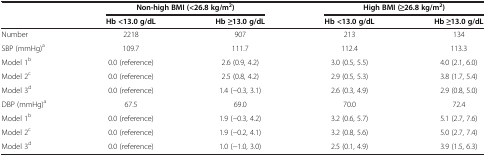
<table><thead><tr><td><b> </b></td><td colspan="2"><b>Non-high BMI (&lt;26.8 kg/m<sup>2</sup>)</b></td><td colspan="2"><b>High BMI (≥26.8 kg/m<sup>2</sup>)</b></td></tr><tr><td><b> </b></td><td><b>Hb &lt;13.0 g/dL</b></td><td><b>Hb ≥13.0 g/dL</b></td><td><b>Hb &lt;13.0 g/dL</b></td><td><b>Hb ≥13.0 g/dL</b></td></tr></thead><tbody><tr><td>Number</td><td>2218</td><td>907</td><td>213</td><td>134</td></tr><tr><td>SBP (mmHg)<sup>a</sup></td><td>109.7</td><td>111.7</td><td>112.4</td><td>113.3</td></tr><tr><td>Model 1<sup>b</sup></td><td>0.0 (reference)</td><td>2.6 (0.9, 4.2)</td><td>3.0 (0.5, 5.5)</td><td>4.0 (2.1, 6.0)</td></tr><tr><td>Model 2<sup>c</sup></td><td>0.0 (reference)</td><td>2.5 (0.8, 4.2)</td><td>2.9 (0.5, 5.3)</td><td>3.8 (1.7, 5.4)</td></tr><tr><td>Model 3<sup>d</sup></td><td>0.0 (reference)</td><td>1.4 (-0.3, 3.1)</td><td>2.6 (0.3, 4.9)</td><td>2.9 (0.8, 5.0)</td></tr><tr><td>DBP (mmHg)<sup>a</sup></td><td>67.5</td><td>69.0</td><td>70.0</td><td>72.4</td></tr><tr><td>Model 1<sup>b</sup></td><td>0.0 (reference)</td><td>1.9 (-0.3, 4.2)</td><td>3.2 (0.6, 5.7)</td><td>5.1 (2.7, 7.6)</td></tr><tr><td>Model 2<sup>c</sup></td><td>0.0 (reference)</td><td>1.9 (-0.2, 4.1)</td><td>3.2 (0.8, 5.6)</td><td>5.0 (2.7, 7.4)</td></tr><tr><td>Model 3<sup>d</sup></td><td>0.0 (reference)</td><td>1.0 (-1.0, 3.0)</td><td>2.5 (0.1, 4.9)</td><td>3.9 (1.5, 6.3)</td></tr></tbody></table>